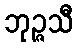
ဘုဉ္ဇသီ